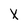
Character: X